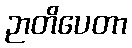
ဉာတိပေတာ